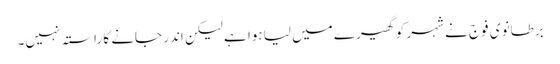
برطانوی فوج نے شہر کو گھیرے میں لیا ہوا ہے لیکن اندر جانے کا راستہ نہیں۔